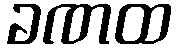
ခဏထ